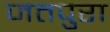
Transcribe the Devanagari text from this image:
जतपुरा